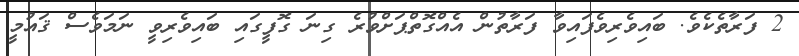
2 ފަރާތެކެވެ. ބައިވެރިވެފައިވާ ފަރާތުން އެއްގޮތްޕަށްވުރެ ގިނަ ގޮފީގައި ބައިވެރިވީ ނަމަވެސް ޤައުމީ